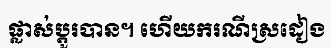
ផ្លាស់ប្តូរបាន។ ហើយករណីស្រដៀង